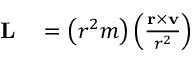
\begin{array} { r l } { \mathbf { L } } & { { } = \left( r ^ { 2 } m \right) \left( { \frac { \mathbf { r } \times \mathbf { v } } { r ^ { 2 } } } \right) } \end{array}